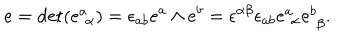
e = \mathrm { d e t } ( e _ { \, \, \alpha } ^ { a } ) = \epsilon _ { a b } e ^ { a } \wedge e ^ { b } = \epsilon ^ { \alpha \beta } \epsilon _ { a b } e _ { \, \, \alpha } ^ { a } e _ { \, \, \beta } ^ { b } .